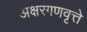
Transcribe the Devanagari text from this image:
अक्षरगणवृत्ते